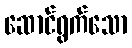
ဆောင်ရွက်သော